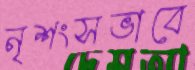
নৃশংসভাবে